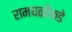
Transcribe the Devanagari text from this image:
रामघळीकडे